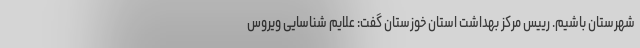
شهرستان باشیم. رییس مرکز بهداشت استان خوزستان گفت: علایم شناسایی ویروس